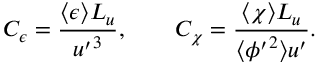
C _ { \epsilon } = \frac { \langle \epsilon \rangle L _ { u } } { { u ^ { \prime } } ^ { 3 } } , \qquad C _ { \chi } = \frac { \langle \chi \rangle L _ { u } } { \langle { \phi ^ { \prime } } ^ { 2 } \rangle u ^ { \prime } } .